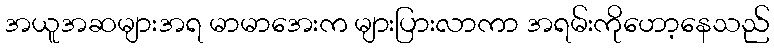
အယူအဆများအရ မာမာအေးက များပြားလာကာ အရမ်းကိုဟော့နေသည်